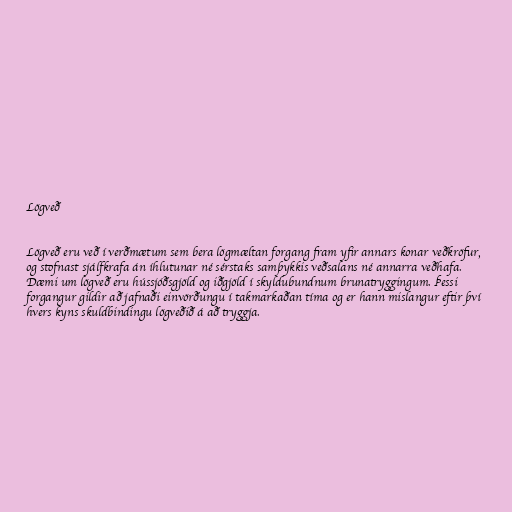
Lögveð

Lögveð eru veð í verðmætum sem bera lögmæltan forgang fram yfir annars konar veðkröfur,
og stofnast sjálfkrafa án íhlutunar né sérstaks samþykkis veðsalans né annarra veðhafa.
Dæmi um lögveð eru hússjóðsgjöld og iðgjöld í skyldubundnum brunatryggingum. Þessi
forgangur gildir að jafnaði einvörðungu í takmarkaðan tíma og er hann mislangur eftir því
hvers kyns skuldbindingu lögveðið á að tryggja.